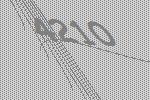
4210